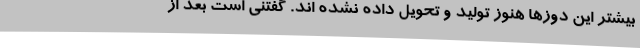
بیشتر این دوزها هنوز تولید و تحویل داده نشده اند. گفتنی است بعد از